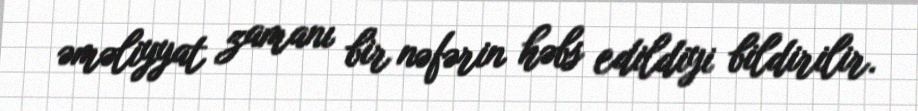
əməliyyat zamanı bir nəfərin həbs edildiyi bildirilir.